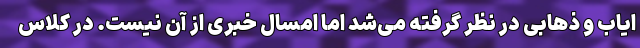
ایاب و ذهابی در نظر گرفته می‌شد اما امسال خبری از آن نیست. در کلاس